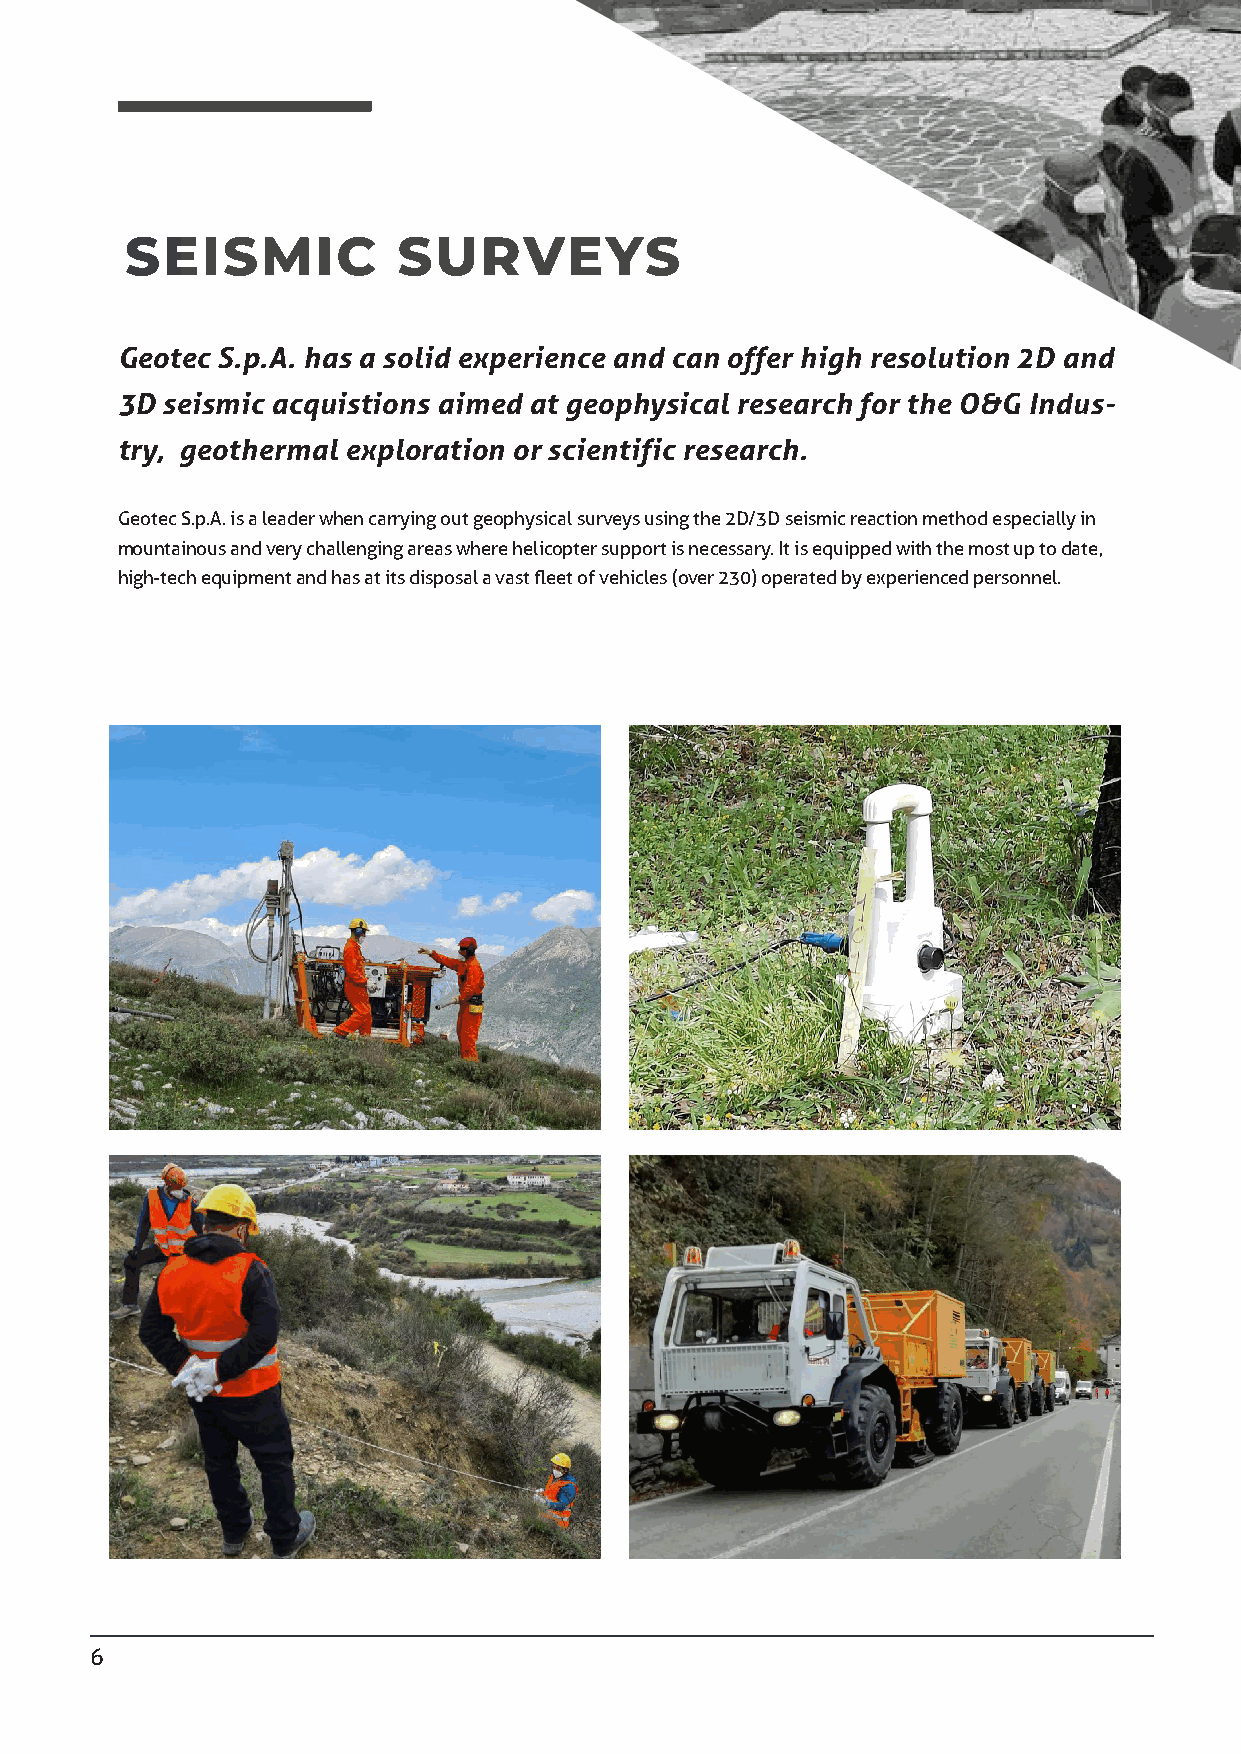
GEOTECSPA.COM
 SEISMIC           SURVEYS
 Geotec S.p.A. has a solid experience and can offer high resolution 2D and
 3D seismic acquistions aimed at geophysical research for the O&G Indus-
 try, geothermal exploration or scientific research.
 Geotec S.p.A. is a leader when carrying out geophysical surveys using the 2D/3D seismic reaction method especially in
 mountainous and very challenging areas where helicopter support is necessary. It is equipped with the most up to date,
 high-tech equipment and has at its disposal a vast fleet of vehicles (over 230) operated by experienced personnel.
 6